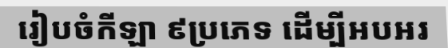
រៀបចំកីឡា ៩ប្រភេទ ដើម្បីអបអរ